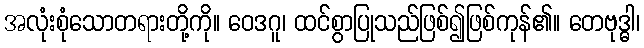
အလုံးစုံသောတရားတို့ကို။ ဝေဒဂူ၊ ထင်စွာပြုသည်ဖြစ်၍ဖြစ်ကုန်၏။ တေဗုဒ္ဓါ၊